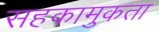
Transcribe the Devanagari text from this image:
सहकामुकता